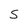
Character: S